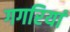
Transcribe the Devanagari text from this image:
गगरियां